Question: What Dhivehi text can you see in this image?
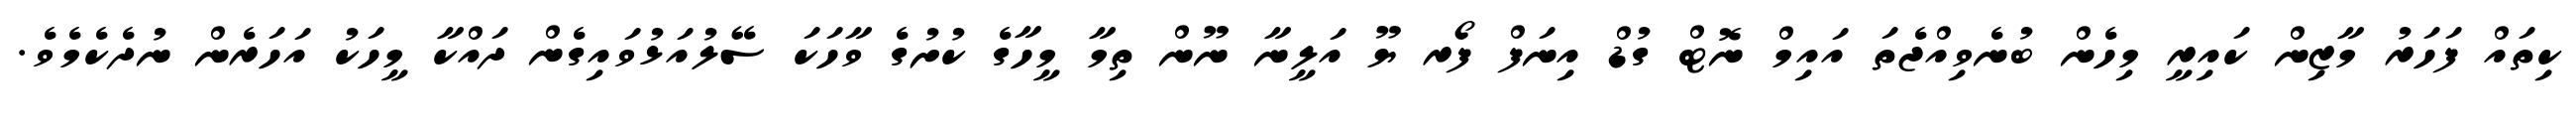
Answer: ކިތައް ފަހަރު މާޒިން ކައިރީ މިހެން ބުނެވިއްޖެތަ އައިމް ނޮޓް ގުޑް އިނަފް ފޯރ ޔޫ އަލީނާ ނޫން ތިމާ މީހާގެ ކުށުގެ ވާހަކަ ސޭލުއަޅުވައިގެން ދައްކާ މީހަކު އަހަރެން ނުދެކެމެވެ.